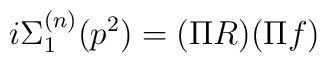
i\Sigma _{1}^{(n)}(p^{2})=(\Pi R)(\Pi f)